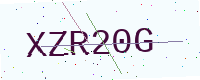
Text: XZR20G